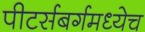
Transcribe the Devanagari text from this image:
पीटर्सबर्गमध्येच